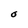
Character: O